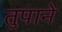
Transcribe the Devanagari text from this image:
तुपाने